system: You are a helpful assistant.
user:
Analyze the provided spectrum to determine if it is a **Carbon Star (C-type)**.

- **Key Visual Indicators of Carbon Star:**
    - **(Primary):** Strong molecular absorption from **C₂ (diatomic carbon) "Swan Bands."** This is the **defining feature** of a carbon star.
        - **(Key Bandheads):** Sharp absorption edges are visible at approximately $5635$ Å, $5165$ Å (the strongest band), and $4737$ Å.
        - **(Line Profile):** Creates a distinct **"saw-tooth"** pattern. The key morphology is a sharp, steep bandhead on the **red (long-wavelength) side**, which then gradually tapers off (i.e., flux recovers) towards the **blue (short-wavelength) side**. *(This is the direct opposite of the TiO bands seen in M-type stars)*.

    - **(Secondary):** Intense **CN (cyanogen)** molecular absorption bands.
        - **(Key Bandheads):** Located in the blue and violet regions of the spectrum (e.g., near $4215$ Å and $3883$ Å).
        - **(Morphology):** These bands are extremely broad and act as a "blanket," absorbing the vast majority of blue and violet light. This creates a characteristic **"cliff"** or **"steep drop-off"** in the spectrum's flux at short wavelengths.

    - **(Key Confirmation):** Strong **CH absorption band (G-band)**.
        - **(Key Bandhead):** Located around $4300$ Å. The contribution from CH molecules to this band is exceptionally strong.

    - **(Overall Spectrum):**
        - The continuum is severely "chopped up" by these deep molecular bands, especially C₂, rather than appearing as a smooth curve.
        - Due to the heavy CN and C₂ absorption in the blue-green, the vast majority of the star's flux is concentrated in the red part of the spectrum, giving the star its characteristic deep red color.

Think first, call **spectral_visualization_tool** if needed to examine features in detail, then provide your final answer. Your response must adhere to the following strict rules:
1.  **Overall Structure:** Your response must follow the format `<think>...</think> <tool_call>...</tool_call> (if a tool is used) <answer>...</answer>`.
2.  **Tool Usage Constraint:** You may only make **one** tool call per turn.
3.  **Final Answer Format:** In the `<answer>` tag, your conclusion must be inside a `\boxed{}` command (e.g., `\boxed{YES}`), followed by your justification.

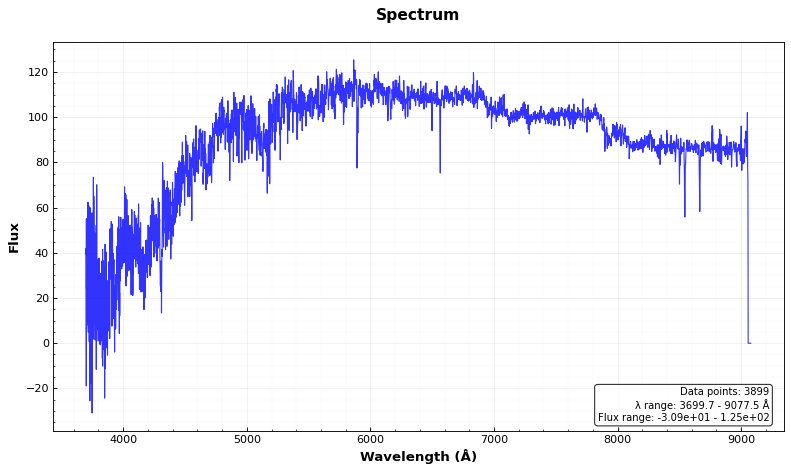
Answer: YES